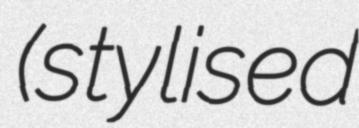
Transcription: (stylised